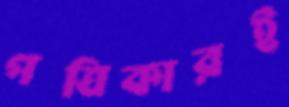
পত্রিকারই